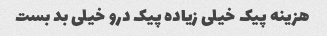
هزینه پیک خیلی زیاده پیک درو خیلی بد بست